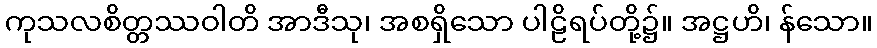
ကုသလစိတ္တဿဝါတိ အာဒီသု၊ အစရှိသော ပါဠိရပ်တို့၌။ အဋ္ဌဟိ၊ န်သော။